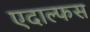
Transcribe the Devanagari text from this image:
एदाल्फस